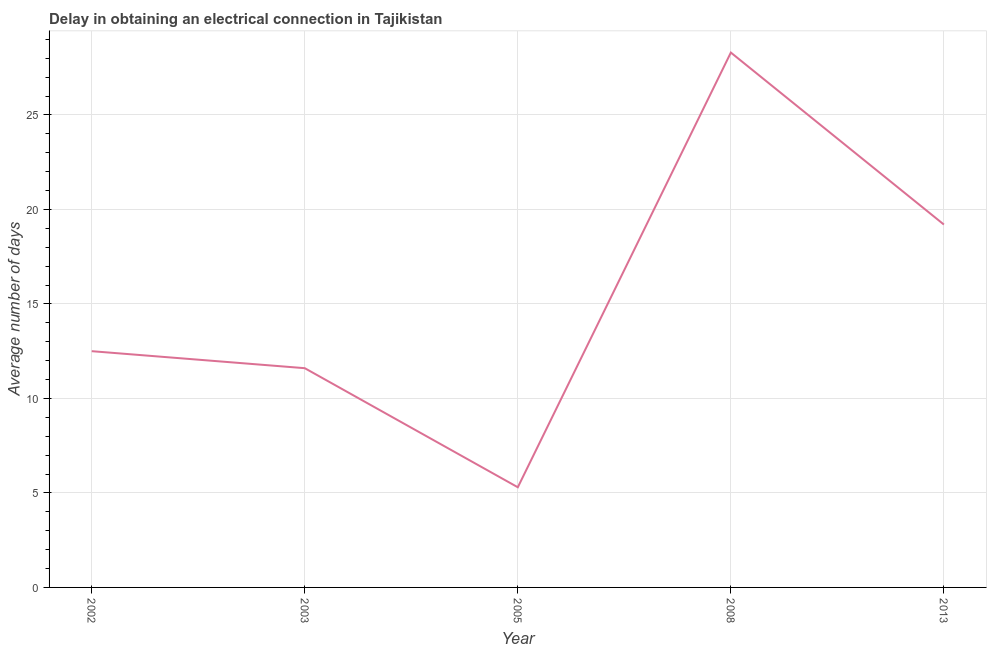
| Year | Dalay in Electrical connection |
 | --- | --- |
 | 2002 | 12.5 |
 | 2003 | 11.6 |
 | 2005 | 5.3 |
 | 2008 | 28.3 |
 | 2013 | 19.2 |